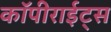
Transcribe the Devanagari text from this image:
कॉपीराईट्स